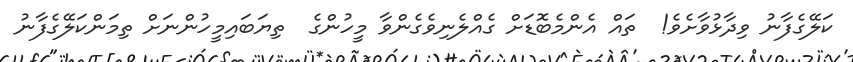
ކަލޭގެފާނު ވިދާޅުވާށެވެ!  ތައް އެންމެބޮޑަށް ގެއްލެނިވެގެންވާ މީހުންގެ  ތިޔަބައިމީހުންނަށް ތިމަންކަލޭގެފާނު